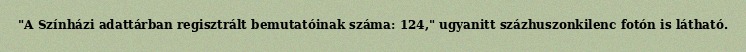
"A Színházi adattárban regisztrált bemutatóinak száma: 124," ugyanitt százhuszonkilenc fotón is látható.